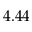
4 . 4 4